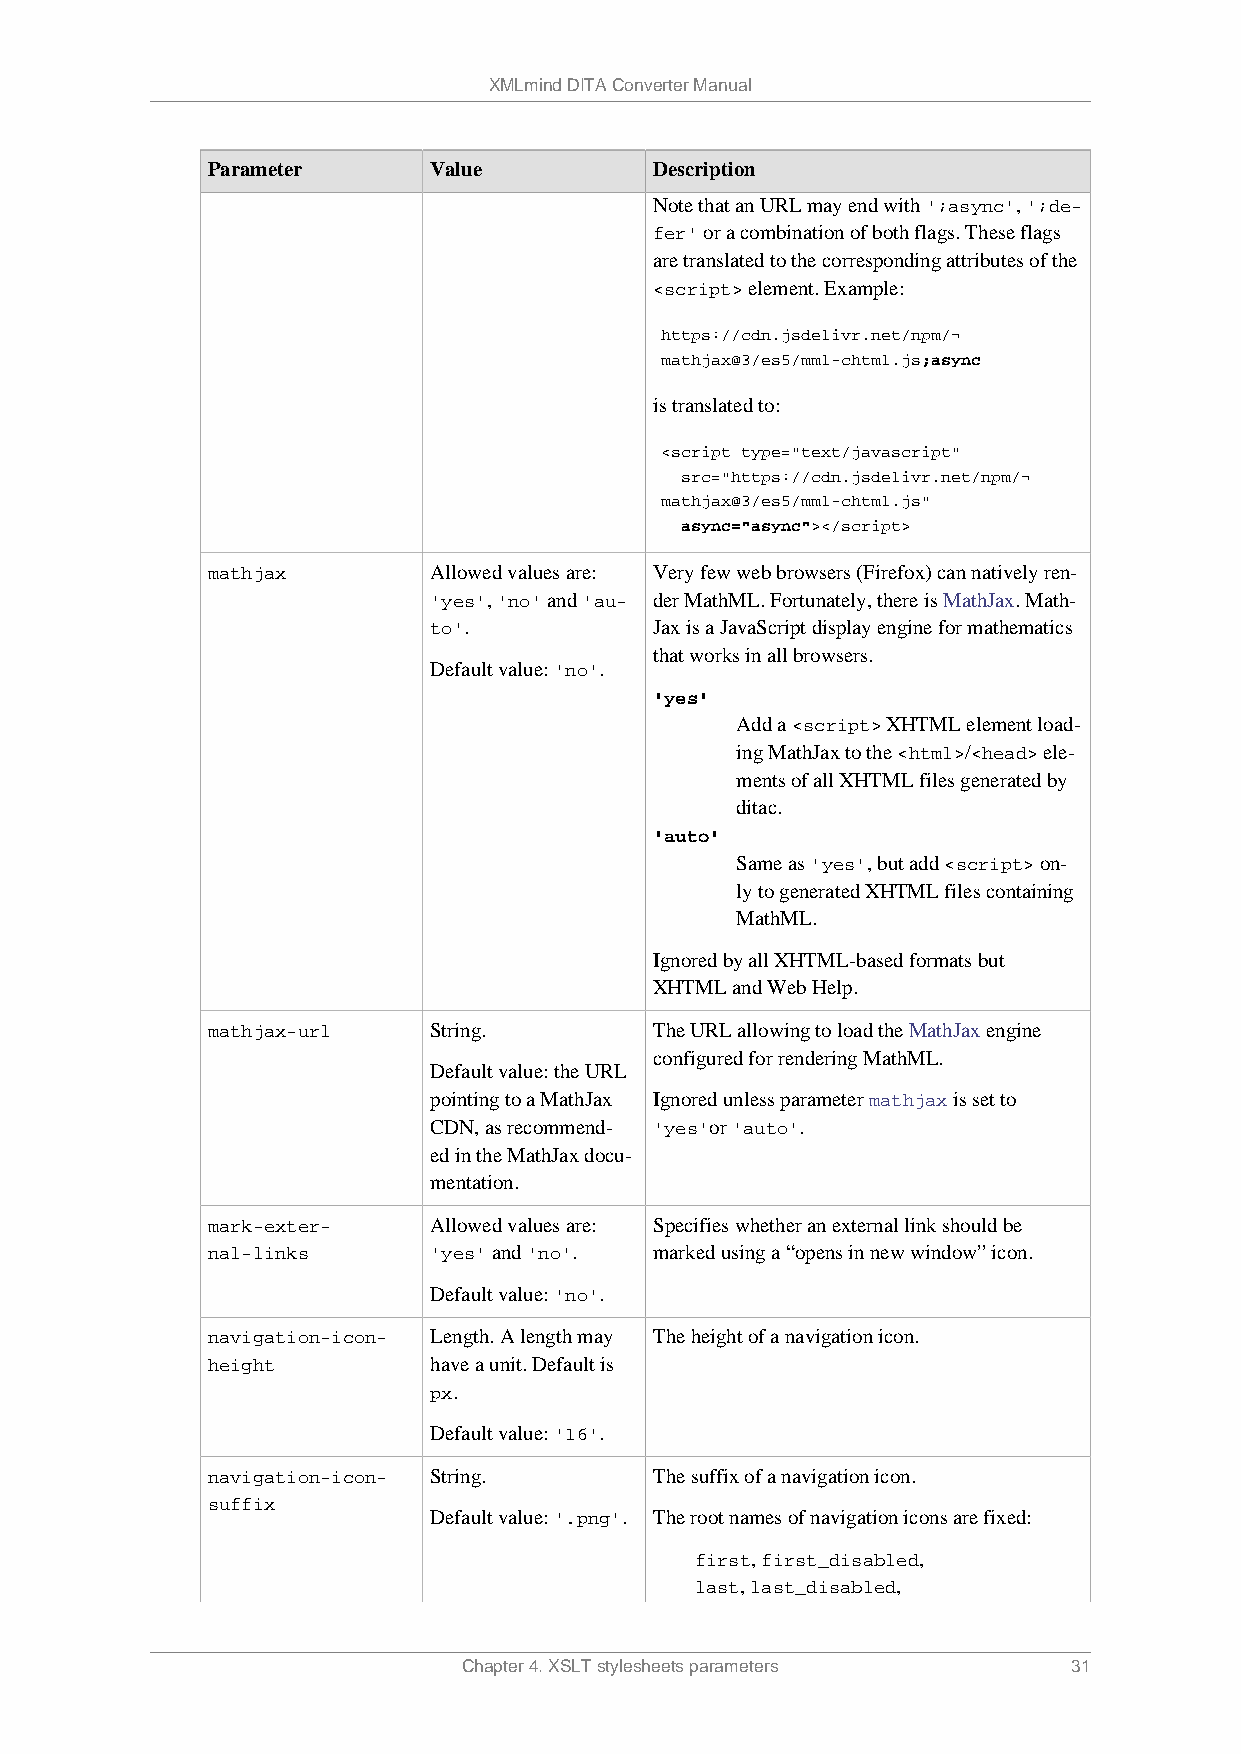
XMLmind DITA Converter Manual
 Parameter     Value          Description
 Note that an URL may end with ';async', ';de-
 fer' or a combination of both flags. These flags
 are translated to the corresponding attributes of the
 <script> element. Example:
 https://cdn.jsdelivr.net/npm/¬
 mathjax@3/es5/mml-chtml.js;async
 is translated to:
 <script type="text/javascript"
 src="https://cdn.jsdelivr.net/npm/¬
 mathjax@3/es5/mml-chtml.js"
 async="async"></script>
 mathjax       Allowed values are: Very few web browsers (Firefox) can natively ren-
 'yes', 'no' and 'au- der MathML. Fortunately, there is MathJax. Math-
 to'.           Jax is a JavaScript display engine for mathematics
 that works in all browsers.
 Default value: 'no'.
 'yes'
 Add a <script> XHTML element load-
 ing MathJax to the <html>/<head> ele-
 ments of all XHTML files generated by
 ditac.
 'auto'
 Same as 'yes', but add <script> on-
 ly to generated XHTML files containing
 MathML.
 Ignored by all XHTML-based formats but
 XHTML and Web Help.
 mathjax-url   String.        The URL allowing to load the MathJax engine
 configured for rendering MathML.
 Default value: the URL
 pointing to a MathJax Ignored unless parameter mathjax is set to
 CDN, as recommend- 'yes'or 'auto'.
 ed in the MathJax docu-
 mentation.
 mark-exter-   Allowed values are: Specifies whether an external link should be
 nal-links     'yes' and 'no'. marked using a “opens in new window” icon.
 Default value: 'no'.
 navigation-icon- Length. A length may The height of a navigation icon.
 height        have a unit. Default is
 px.
 Default value: '16'.
 navigation-icon- String.     The suffix of a navigation icon.
 suffix
 Default value: '.png'. The root names of navigation icons are fixed:
 first, first_disabled,
 last, last_disabled,
 Chapter 4. XSLT stylesheets parameters  31